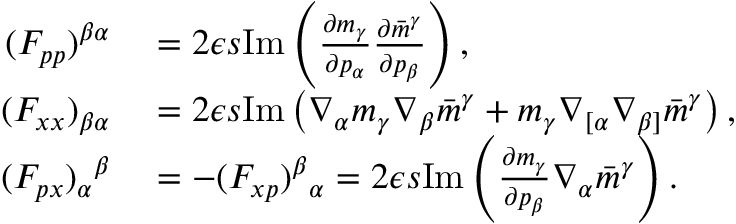
\begin{array} { r l } { ( F _ { p p } ) ^ { \beta \alpha } } & { { } = 2 \epsilon s \mathrm { I m } \left( \frac { \partial m _ { \gamma } } { \partial p _ { \alpha } } \frac { \partial \bar { m } ^ { \gamma } } { \partial p _ { \beta } } \right) , } \\ { ( F _ { x x } ) _ { \beta \alpha } } & { { } = 2 \epsilon s \mathrm { I m } \left( \nabla _ { \alpha } m _ { \gamma } \nabla _ { \beta } \bar { m } ^ { \gamma } + m _ { \gamma } \nabla _ { [ \alpha } \nabla _ { \beta ] } \bar { m } ^ { \gamma } \right) , } \\ { ( F _ { p x } ) _ { \alpha } { } ^ { \beta } } & { { } = - ( F _ { x p } ) ^ { \beta } { } _ { \alpha } = 2 \epsilon s \mathrm { I m } \left( \frac { \partial m _ { \gamma } } { \partial p _ { \beta } } \nabla _ { \alpha } \bar { m } ^ { \gamma } \right) . } \end{array}